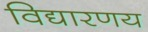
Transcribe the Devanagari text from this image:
विद्यारणय